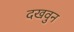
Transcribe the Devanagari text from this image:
दखवुन